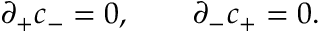
\partial _ { + } c _ { - } = 0 , \qquad \partial _ { - } c _ { + } = 0 .